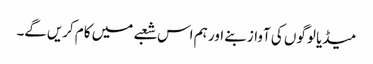
میڈیا لوگوں کی آواز بنے اور ہم اس شعبے میں کام کریں‌گے۔